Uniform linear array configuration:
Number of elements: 32
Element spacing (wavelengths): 0.5
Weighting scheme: binomial
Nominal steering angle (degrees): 30
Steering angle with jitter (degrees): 31.338
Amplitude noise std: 0.05
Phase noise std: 0.05

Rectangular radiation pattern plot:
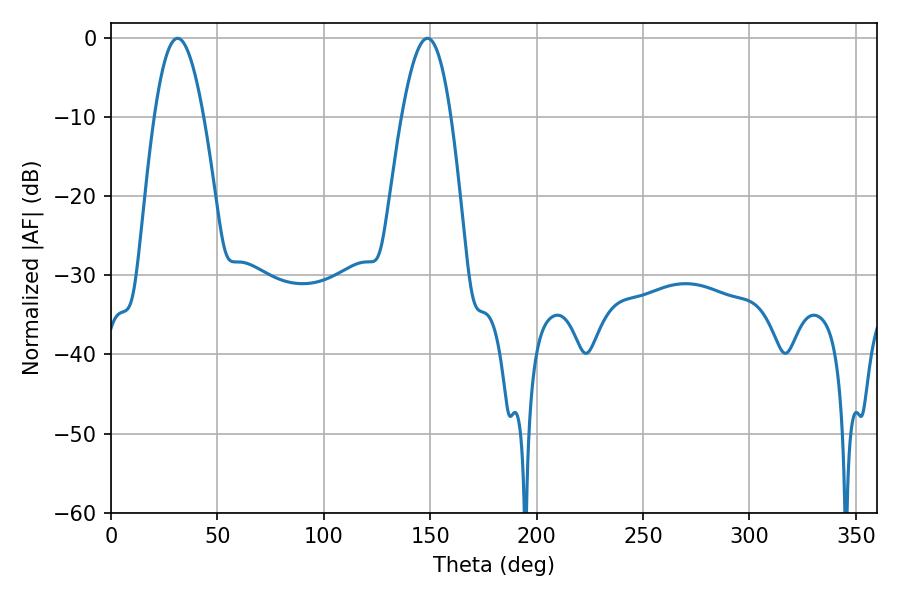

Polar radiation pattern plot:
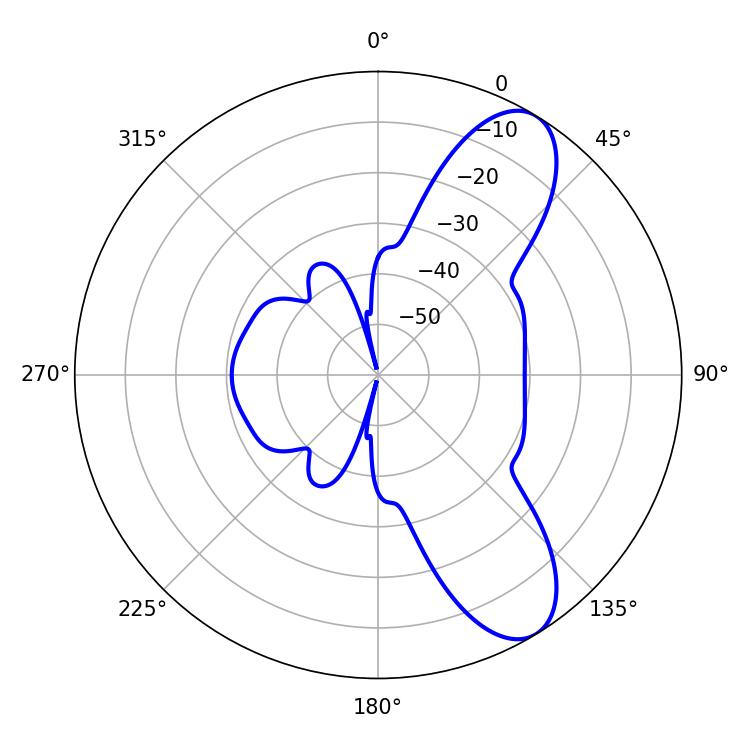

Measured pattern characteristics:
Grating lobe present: FALSE
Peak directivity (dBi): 9.051
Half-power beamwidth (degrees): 12.6
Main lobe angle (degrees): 31.32